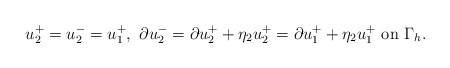
\begin{align*} u_2^+=u_2^-=u_1^+,\ \partial u_2^-=\partial u_2^++\eta_2 u_2^+=\partial u_1^+ +\eta_2 u_1^+\ \mathrm {on} \ \Gamma_h. \end{align*}